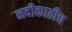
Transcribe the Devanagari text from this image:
नदीकाठीच